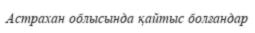
Астрахан облысында қайтыс болғандар